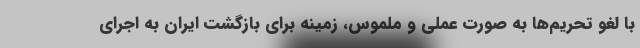
با لغو تحریم‌ها به صورت عملی و ملموس، زمینه برای بازگشت ایران به اجرای